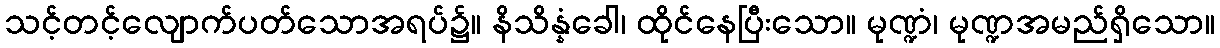
သင့်တင့်လျောက်ပတ်သောအရပ်၌။ နိသိန္နံခေါ၊ ထိုင်နေပြီးသော။ မုဏ္ဍံ၊ မုဏ္ဍအမည်ရှိသော။